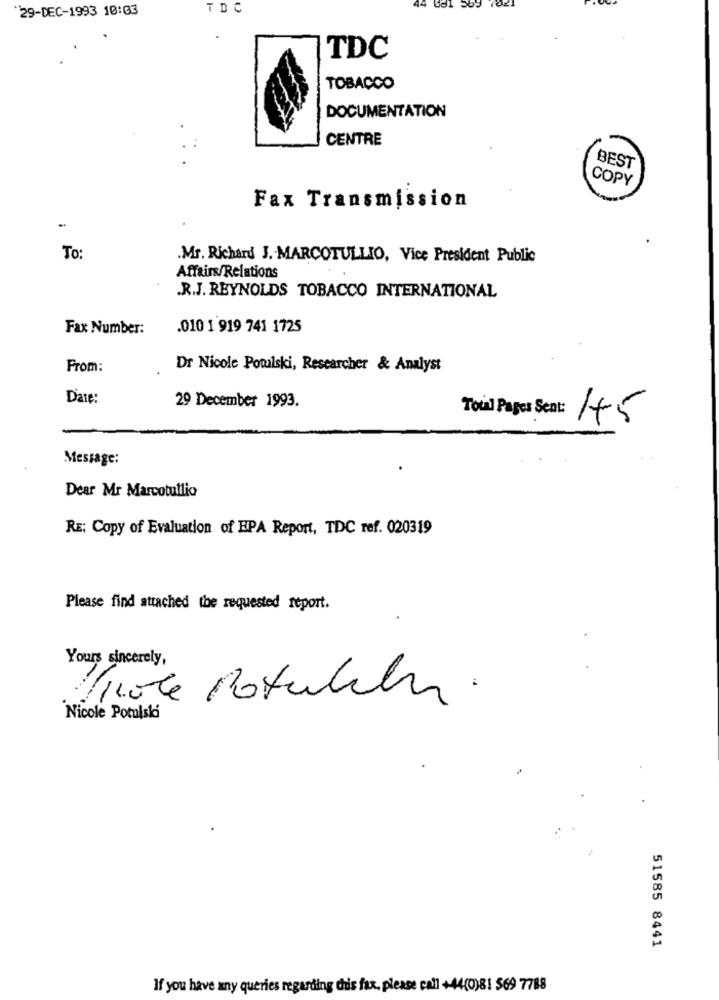
29-DEC-1993 10:03
TDC
TDC
TOBACCO
DOCUMENTATION
CENTRE
BEST
COPY
Fax Transmission
To
.Mr. Richard J. MARCOTULLIO, Vice President Public
Affairs/Relations
.R.J. REYNOLDS TOBACCO INTERNATIONAL
Fax Number:
.010 1 919 741 1725
From:
Dr Nicole Potulski, Researcher & Analyst
Date:
29 December 1993.
Toul Pages Sent:
1+5
Message:
Dear Mr Marcotullio
RE: Copy of Evaluation of HPA Report, TDC ref. 020319
Please find attached the requested report.
Yours sincerely,
Pole Potuliten.
Nicole Potulski
51585 8441
If you have any queries regarding this fax, please call +44(0)81 569 7788